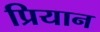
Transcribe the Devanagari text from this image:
प्रियान